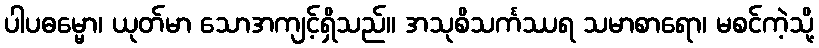
ပါပဓမ္မော၊ ယုတ်မာ သောအကျင့်ရှိသည်။ အသုစိသင်္ကဿရ သမာစာရော၊ မစင်ကဲ့သို့